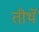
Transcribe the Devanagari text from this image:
तीर्थें